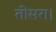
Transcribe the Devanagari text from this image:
तीसरा।